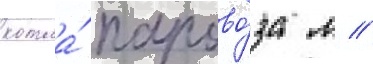
котла́ парово́за л //